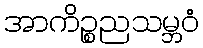
အာကိဉ္စညသမ္ဘဝံ